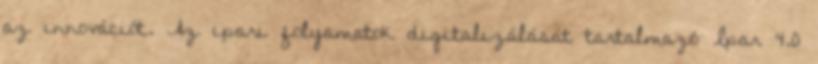
az innovációt. Az ipari folyamatok digitalizálását tartalmazó Ipar 4.0